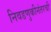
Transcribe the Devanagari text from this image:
निवडणुकीनंतरची